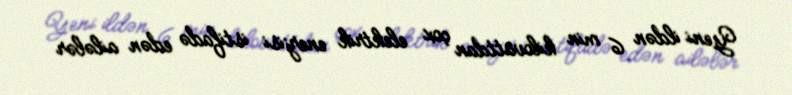
Yeni ildən 6 min kilovattdan çox elektrik enerjisi istifadə edən ailələr